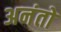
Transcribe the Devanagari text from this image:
अनंतो